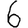
Digit: 6